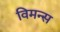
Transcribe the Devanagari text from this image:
विमन्स